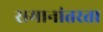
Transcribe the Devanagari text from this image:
समानांतरता